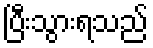
ပြီးသွားရသည်